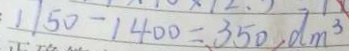
1 1 5 0 - 1 4 0 0 = 3 5 0 , d m ^ { 3 }